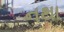
નથા